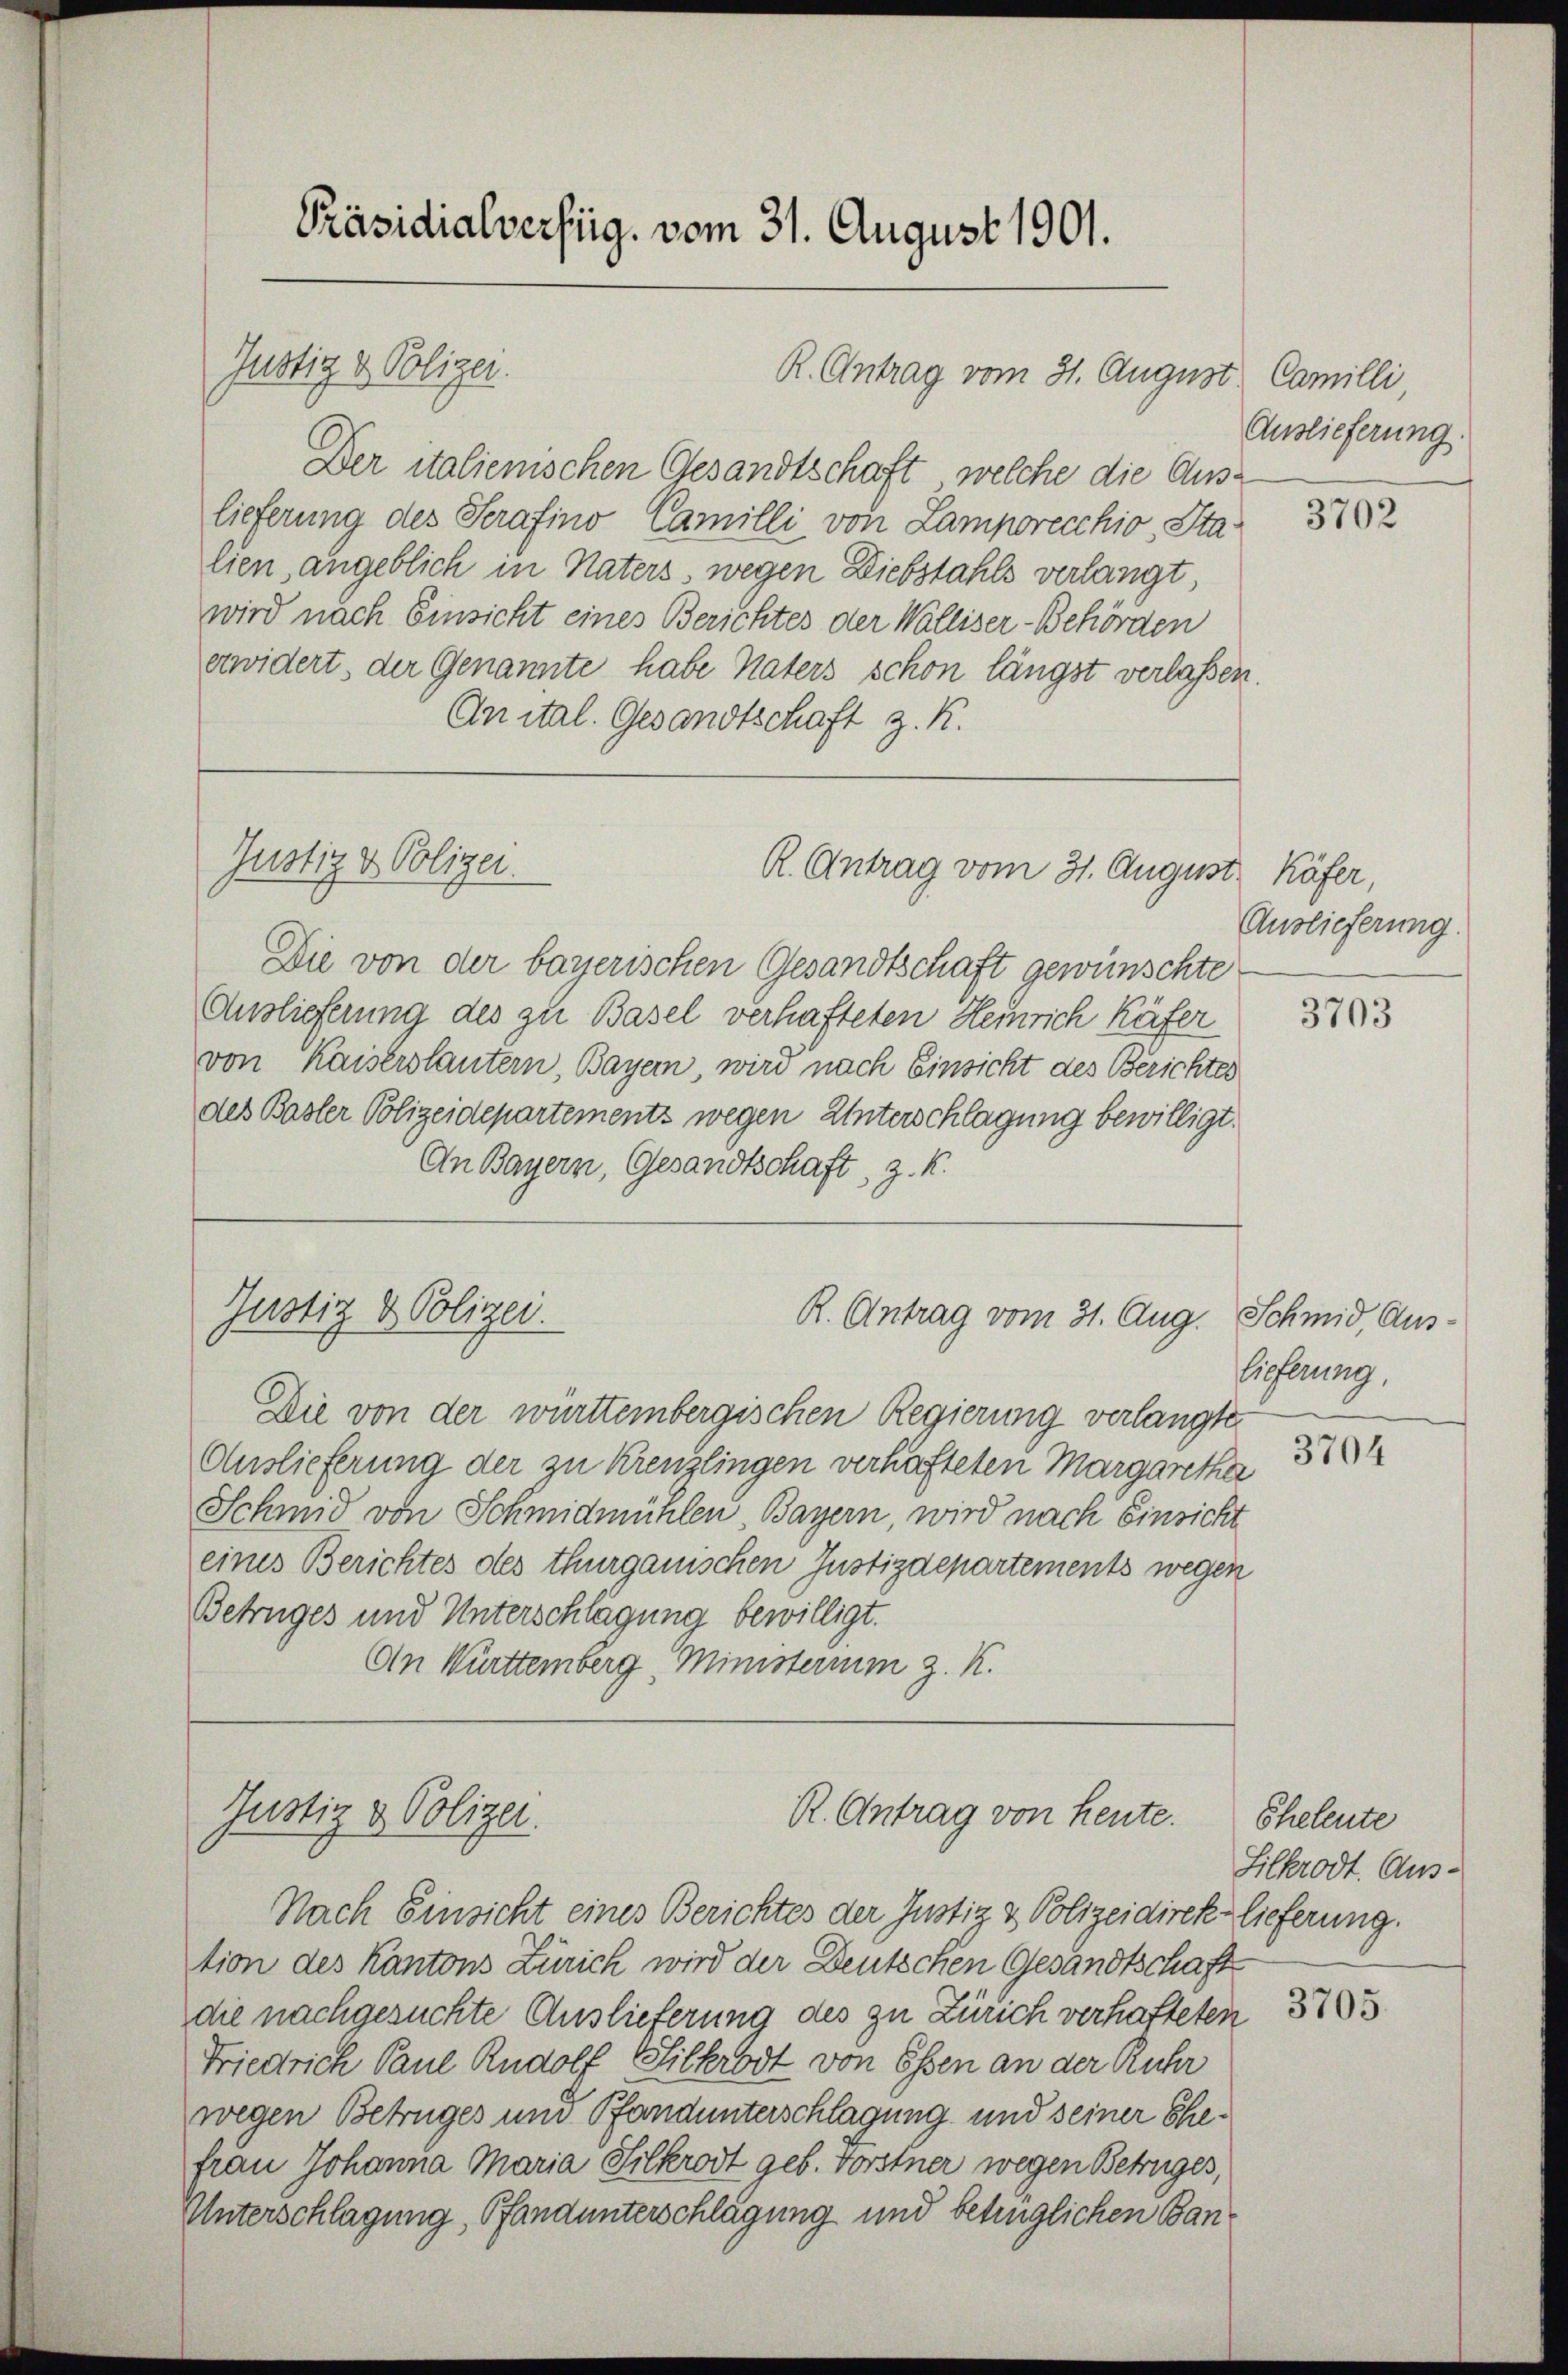
Justiz & Polizei.

Präsidialverfüg, vom 31. August 1901.

Justiz & Polizei.

Justiz & Polizei.

R. Antrag vom 31. Augu

98

Der italienischen Gesandtschaft, welche die Auslieferung des Serafino Camilli von Lamporecchio, Sta
lien, angeblich in Naters wegen Diebstahls verlangt
wird nach Einsicht eines Berichtes der Walliser-Behörden
erwidert, der Genannte habe Vaters schon längst verlassen.
An ital. Gesandtschaft z. K.
Justiz & Polizei.
R. Antrag vom 31. August Käfer,
Die von der bayerischen Gesandtschaft gewünschte
Auslieferung des zu Basel verhafteten Heinrich Käfer
von Kaiserstantern, Bayer, wird nach Einsicht des Berichtes
des Basler Polizeidepartements wegen Unterschlagung bewilligt.
An Bayern, Gesandtschaft, z. K.

R. Antrag vom 31. Aug. Schmid, Aus¬

Die von der württembergischen Regierung verlangte
Auslieferung der zu Kreuzlingen verhafteten Margaretha
Schmid von Schmidmühlen Bayern, wird nach Einsicht
eines Berichtes des thurgauischen Justizdepartements wegen
Betruges und Unterschlägung bewilligt.
An Württemberg Ministerium z. K.

R. Antrag von heute.

Nach Einsicht eines Berichtes der Justiz & Polizeidirek lieferung.
tion des Kantons Zürich wird der Deutschen Gesandtschaft
die nachgesuchte Auslieferung des zu Zürich verhafteten
Friedrich Paul Rudolf Silkrodt von Essen an der Ruhr
wegen Betruges und Pfandunterschlagung und seiner Ehefrau Johanna Maria Silkrodt geb. Forstner wegen Betruges,
Unterschlagung, Pfandunterschlagung und betrüglichen Ban¬

t. Camilli
Auslieferung

3702

Auslieferung.

3703

lieferung.

3704

Eheleute
Silkrodt. Aus-

3705.